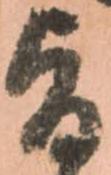
旨